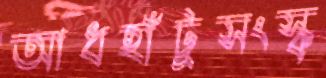
আধহাঁটুসংস্কৃ